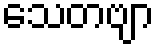
သေတဗျာ